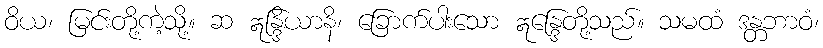
ဝိယ၊ မြင်းတို့ကဲ့သို့။ ဆ ဣန္ဒြိယာနိ၊ ခြောက်ပါးသော ဣန္ဒြေတို့သည်။ သမထံ ဒန္တဘာဝံ၊